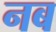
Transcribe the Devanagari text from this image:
नब